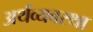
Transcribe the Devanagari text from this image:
अर्थव्यवस्‍था